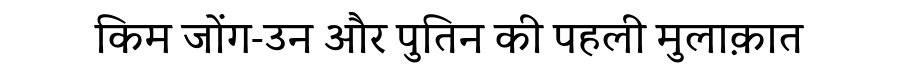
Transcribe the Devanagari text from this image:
किम जोंग-उन और पुतिन की पहली मुलाक़ात